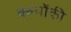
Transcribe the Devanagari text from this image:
क्ल्योंकी